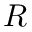
R